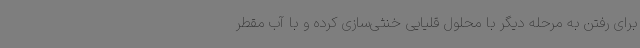
برای رفتن به مرحله دیگر با محلول قلیایی خنثی‌سازی کرده و با آب مقطر